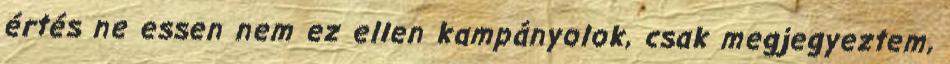
értés ne essen nem ez ellen kampányolok, csak megjegyeztem,